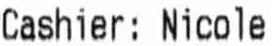
CASHIER: THANDAR